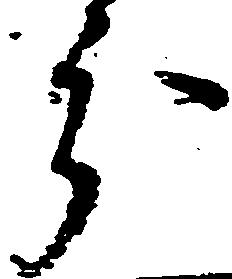
分